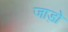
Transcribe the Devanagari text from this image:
जाड़ो